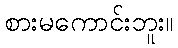
စားမကောင်းဘူး။